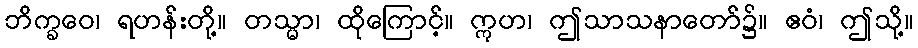
ဘိက္ခဝေ၊ ရဟန်းတို့။ တသ္မာ၊ ထိုကြောင့်။ ဣဟ၊ ဤသာသနာတော်၌။ ဧဝံ၊ ဤသို့။